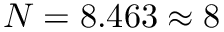
N = 8 . 4 6 3 \approx { 8 }